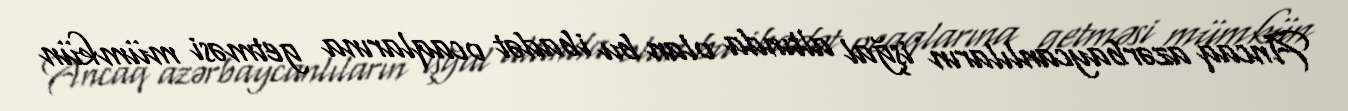
Ancaq azərbaycanlıların işğal altında olan bu ibadət ocaqlarına getməsi mümkün